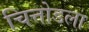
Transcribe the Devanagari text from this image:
चित्तोडला